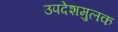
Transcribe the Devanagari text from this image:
उपदेशमुलक